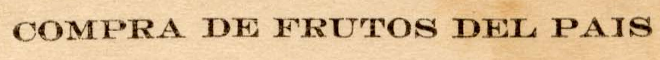
COMPRA DE FRUTOS DEL PAIS